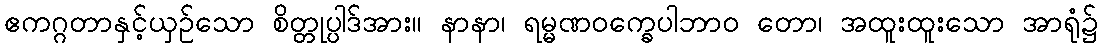
ဧကဂ္ဂတာနှင့်ယှဉ်သော စိတ္တုပ္ပါဒ်အား။ နာနာ၊ ရမ္မဏဝက္ခေပါဘာဝ တော၊ အထူးထူးသော အာရုံ၌